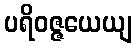
ပရိဝဇ္ဇယေယျ